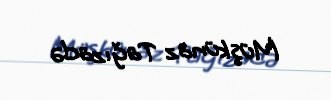
Müşkünaz Tağızadə